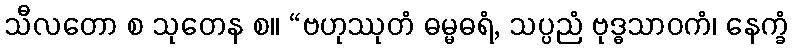
သီလတော စ သုတေန စ။ “ဗဟုဿုတံ ဓမ္မဓရံ, သပ္ပညံ ဗုဒ္ဓသာဝကံ၊ နေက္ခံ